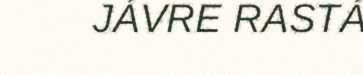
JÁVRE RASTÁ